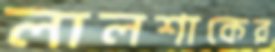
লালশাকের